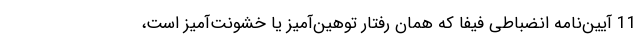
11 آیین‌نامه انضباطی فیفا که همان رفتار توهین‌آمیز یا خشونت‌آمیز است،